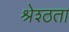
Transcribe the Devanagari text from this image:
श्रेश्ठता